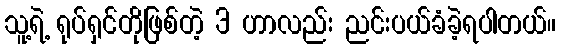
သူ့ရဲ့ ရုပ်ရှင်တိုဖြစ်တဲ့ 3 ဟာလည်း ညင်းပယ်ခံခဲ့ရပါတယ်။